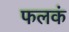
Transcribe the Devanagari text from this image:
फलकं